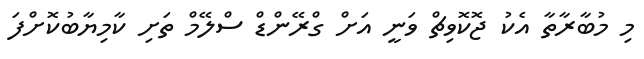
މި މުބާރާތާ އެކު ޖޮކޮވިޗް ވަނީ އަށް ގްރޭންޑް ސްލޭމް ތަށި ކާމިޔާބުކޮށްފަ